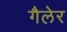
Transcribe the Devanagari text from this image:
गैलेर